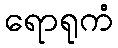
ရောရုကံ